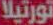
تورتيلا